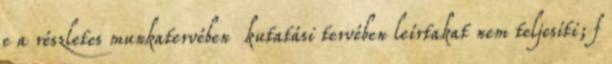
e a részletes munkatervében kutatási tervében leírtakat nem teljesíti; f